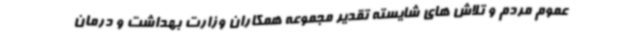
عموم مردم و تلاش های شایسته تقدیر مجموعه همکاران وزارت بهداشت و درمان